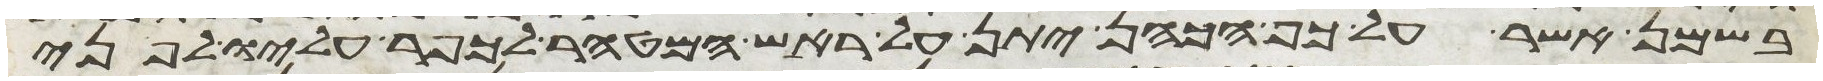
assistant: בשמן אשר על כף הכהן יתן על ראש המטהר לכפר עליו לפני